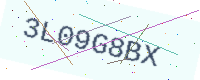
Text: 3L09G8BX